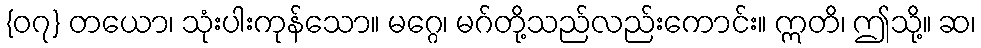
{၀၇} တယော၊ သုံးပါးကုန်သော။ မဂ္ဂေ၊ မဂ်တို့သည်လည်းကောင်း။ ဣတိ၊ ဤသို့။ ဆ၊